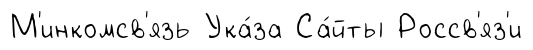
М'инкомсв'язь Ука́за Са́йты Россв'яз'и